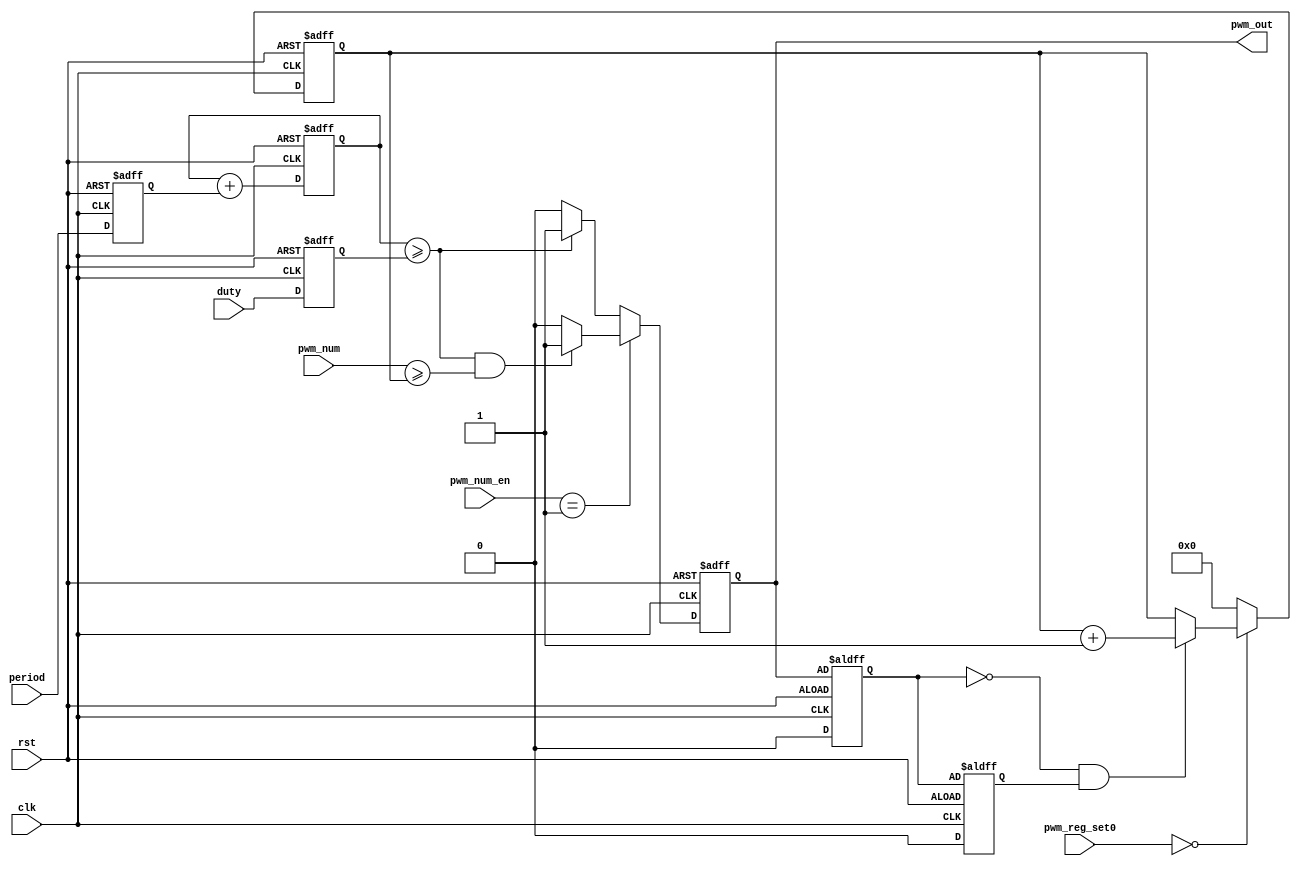
//////////////////////////////////////////////////////////////////////////////////
//  ov5640 lcd display                                                          //
//                                                                              //
//          msq@qq.com                                                          //
//          ALINX(shanghai) Technology Co.,Ltd                                  //
//          heijin                                                              //
//     WEB: http://www.alinx.cn/                                                //
//     BBS: http://www.heijin.org/                                              //
//                                                                              //
//////////////////////////////////////////////////////////////////////////////////
//                                                                              //
// Copyright (c) 2017,ALINX(shanghai) Technology Co.,Ltd                        //
//                    All rights reserved                                       //
//                                                                              //
// This source file may be used and distributed without restriction provided    //
// that this copyright statement is not removed from the file and that any      //
// derivative work contains the original copyright notice and the associated    //
// disclaimer.                                                                  //
//                                                                              //
//////////////////////////////////////////////////////////////////////////////////

//================================================================================
//   Description:  pwm model
//   pwm out period = frequency(pwm_out) * (2 ** N) / frequency(clk);
//
//================================================================================
//  Revision History:
//  Date          By            Revision    Change Description
//--------------------------------------------------------------------------------
//  2017/5/3     meisq          1.0         Original
//********************************************************************************/
`timescale 1ns / 1ps
module ax_pwm
#(
	parameter N = 32 //pwm bit width 
)
(
    input         clk,
    input         rst,
    input[N - 1:0]period,
    input[N - 1:0]duty,
    input[N - 1:0]pwm_num,
    input[N - 1:0]pwm_num_en,
    input[N - 1:0]pwm_reg_set0,
    
    output        pwm_out 
    );
 
reg[N - 1:0] period_r;
reg[N - 1:0] duty_r;
reg[N - 1:0] period_cnt;
reg[N - 1:0] pwm_num_r;
reg[N - 1:0] pwm_state_r;
reg pwm_r;
reg data_in_d1;
reg data_in_d2;

assign pwm_out = pwm_r;

always@(posedge clk or posedge rst)
begin
    if(rst==1)
    begin
        period_r <= { N {1'b0} };
        duty_r <= { N {1'b0} };
    end
    else
    begin
        period_r <= period;
        duty_r   <= duty;
    end
end

always@(posedge clk or posedge rst)
begin
    if(rst==1)
        period_cnt <= { N {1'b0} };
    else
        period_cnt <= period_cnt + period_r;
end

always @ (posedge clk,negedge rst)
begin
    if(rst==1)
    begin data_in_d1 <= 1'b0; data_in_d2 <= 1'b0; end 
    else
    begin data_in_d1 <= pwm_r; data_in_d2 <= data_in_d1;end 
end

always@(posedge clk or posedge rst)
begin
    if(rst==1)
        pwm_num_r <= 32'b0;
    else
    begin
        if(pwm_reg_set0==32'b0)
            if(~data_in_d1 &  data_in_d2)//
                pwm_num_r <= pwm_num_r + 32'b1;
            else
                pwm_num_r <= pwm_num_r;
         else
            pwm_num_r <= 32'b0;
                
    end
end
//assign raising_edge_detect = data_in_d1  & (~data_in_d2);//
//assign falling_edge_detect = ~data_in_d1 &  data_in_d2;//
//assign double_edge_detect  = data_in_d1 ^ data_in_d2;//



always@(posedge clk or posedge rst)
begin
    if(rst==1)
    begin
        pwm_r <= 1'b0;
    end
    else
    begin

        if(pwm_num_en==32'b1)            
                if(period_cnt >= duty_r && pwm_num >= pwm_num_r)
                    pwm_r <= 1'b1;
                else
                    pwm_r <= 1'b0;           
        else       
            if(period_cnt >= duty_r)
                pwm_r <= 1'b1;
            else
                pwm_r <= 1'b0;         
    end
end

endmodule